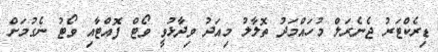
ޑިރެކްޓަރު ޖެނެރަލް މުހައްމަދު ތޮލާލު މިއަދު ވިދާޅުވީ ވޯޓް ފޮއްޓާއި ވޯޓު ނެގުމަށް